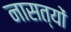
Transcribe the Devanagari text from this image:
नासत्यों